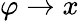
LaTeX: \varphi\rightarrow x